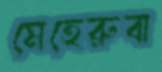
মেহেরুবা